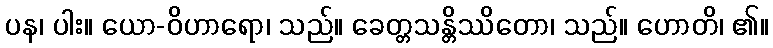
ပန၊ ပါး။ ယော-ဝိဟာရော၊ သည်။ ခေတ္တသန္တိဿိတော၊ သည်။ ဟောတိ၊ ၏။